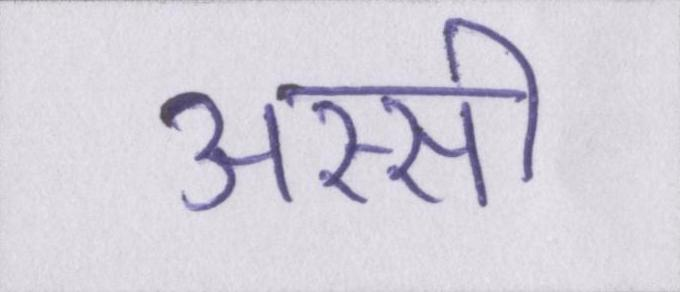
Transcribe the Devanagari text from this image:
अस्सी